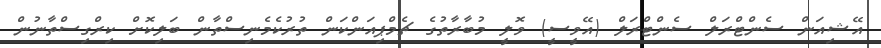
އޭޝިއަން ސެންޓްރަލް ސެންޓްރަލް (އޭވީސީ) ވޮލީ މުބާރާތުގެ ޗެމްޕިއަންކަން ތުރުކެމެނިސްތާން ބަލިކޮށް ކިރްގިސްތާނުން